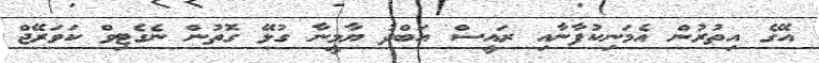
އޭގެ އިތުުރުން އެމަނިކުފާނާއި ރައީސް އަބްދު ޔާމީނާ ގުޅޭ ގޮތުން ނެގެޓިވް ކަވަރޭޖް